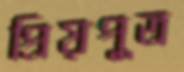
প্রিয়পুত্র